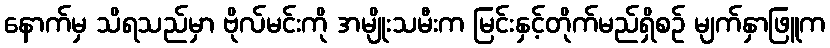
နောက်မှ သိရသည်မှာ ဗိုလ်မင်းကို အမျိုးသမီးက မြင်းနှင့်တိုက်မည်ရှိစဉ် မျက်နှာဖြူက